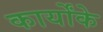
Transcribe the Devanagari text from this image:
कार्योंके